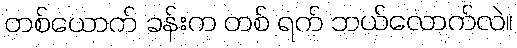
တစ်ယောက် ခန်းက တစ် ရက် ဘယ်လောက်လဲ။